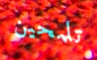
تلمحين